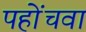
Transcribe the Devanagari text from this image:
पहोंचवा